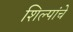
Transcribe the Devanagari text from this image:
शिल्पांचे